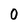
Character: O